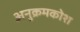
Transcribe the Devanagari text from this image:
अनुक्रमकोश